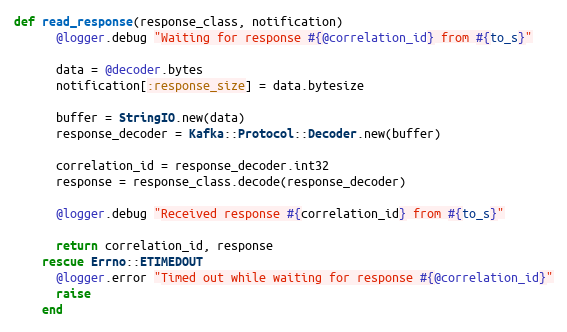
Language: Ruby
def read_response(response_class, notification)
      @logger.debug "Waiting for response #{@correlation_id} from #{to_s}"

      data = @decoder.bytes
      notification[:response_size] = data.bytesize

      buffer = StringIO.new(data)
      response_decoder = Kafka::Protocol::Decoder.new(buffer)

      correlation_id = response_decoder.int32
      response = response_class.decode(response_decoder)

      @logger.debug "Received response #{correlation_id} from #{to_s}"

      return correlation_id, response
    rescue Errno::ETIMEDOUT
      @logger.error "Timed out while waiting for response #{@correlation_id}"
      raise
    end